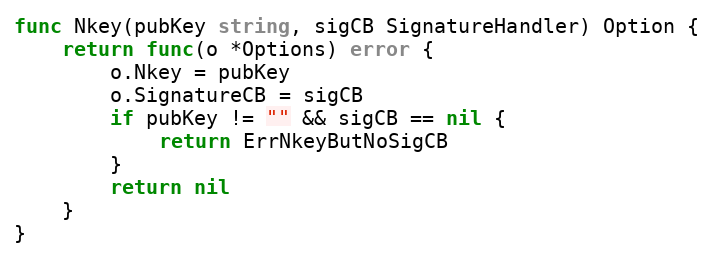
Language: Go
func Nkey(pubKey string, sigCB SignatureHandler) Option {
	return func(o *Options) error {
		o.Nkey = pubKey
		o.SignatureCB = sigCB
		if pubKey != "" && sigCB == nil {
			return ErrNkeyButNoSigCB
		}
		return nil
	}
}